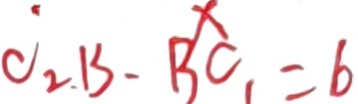
C _ { 2 } B - B C _ { 1 } = 6